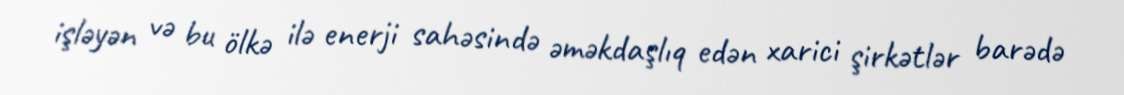
işləyən və bu ölkə ilə enerji sahəsində əməkdaşlıq edən xarici şirkətlər barədə